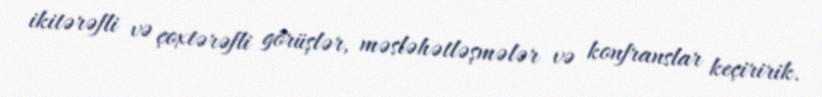
ikitərəfli və çoxtərəfli görüşlər, məsləhətləşmələr və konfranslar keçiririk.